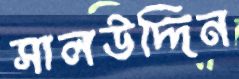
সালউদ্দিন